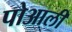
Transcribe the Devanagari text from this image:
पोआली